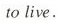
to live.